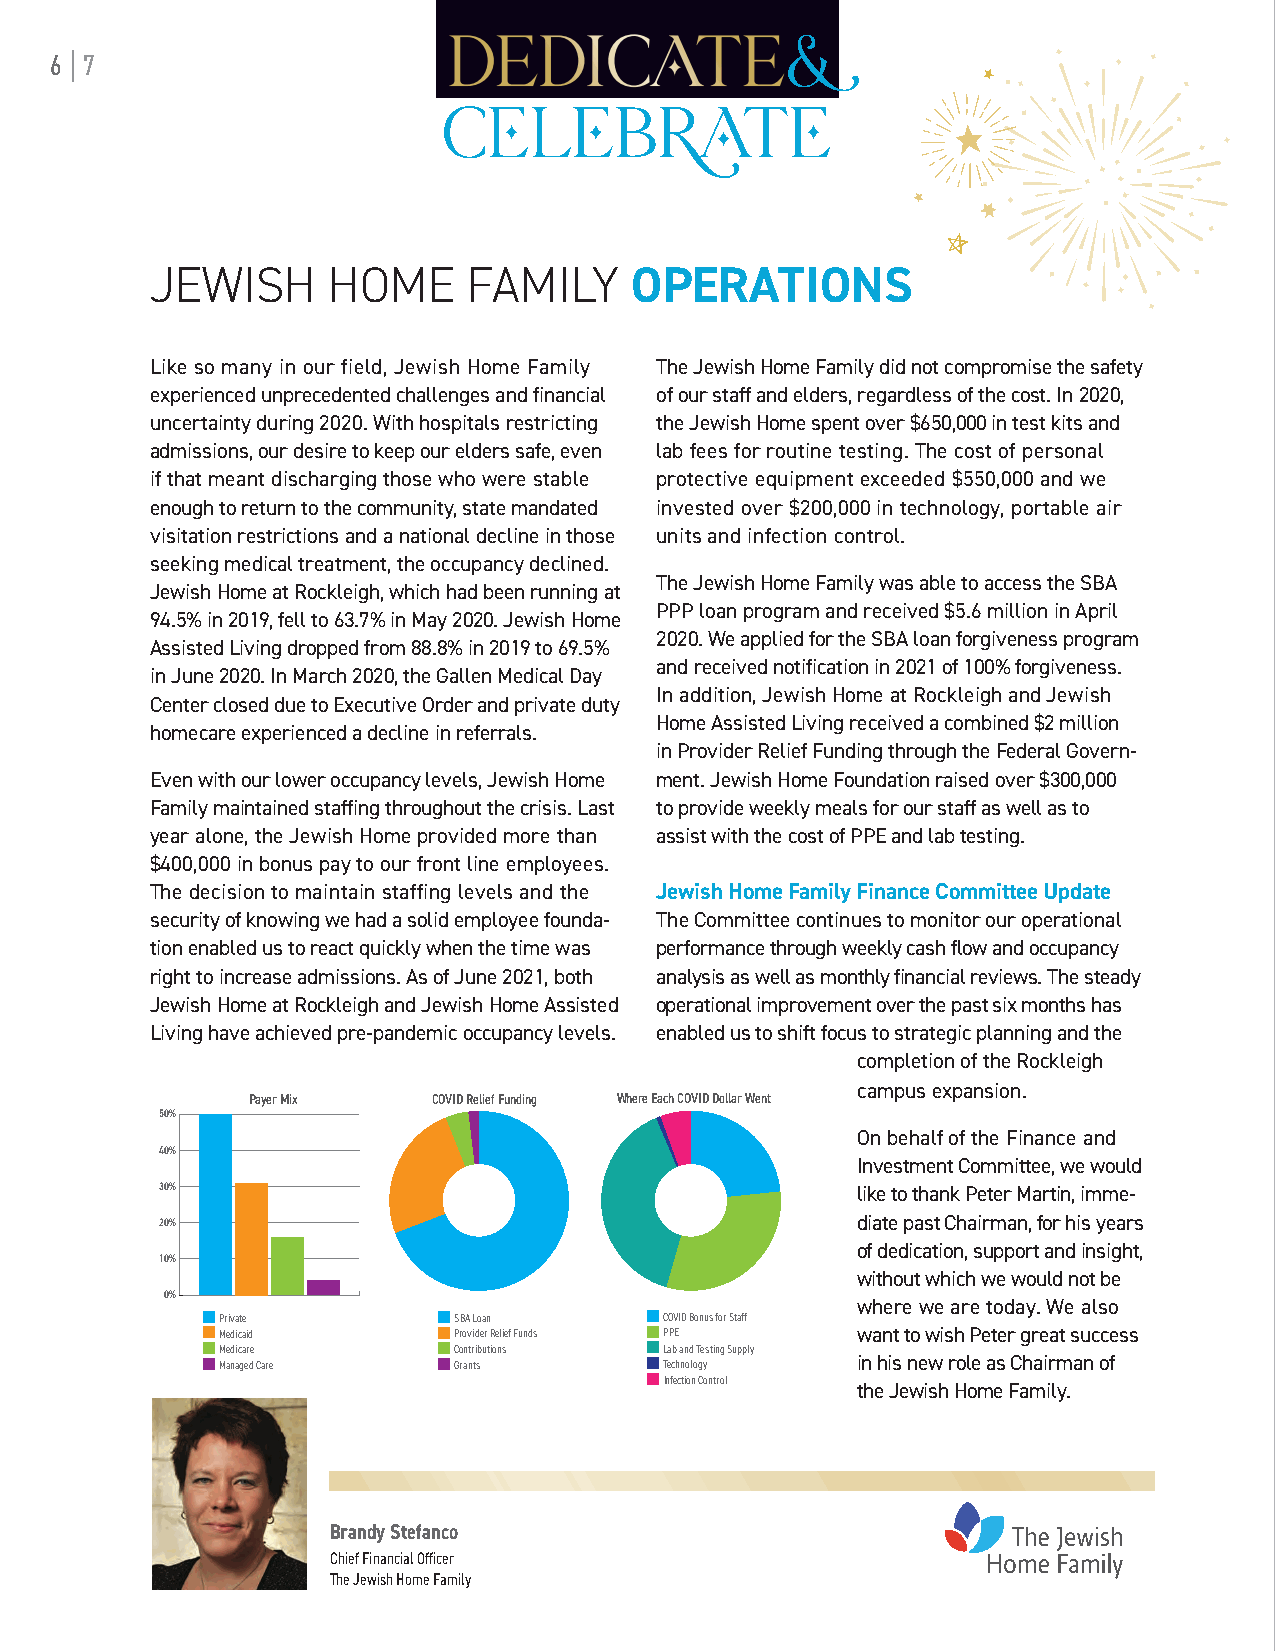
6 I 7
 JEWISH      HOME     FAMILY     OPERATIONS
 Like so many in our field, Jewish Home Family The Jewish Home Family did not compromise the safety
 experienced unprecedented challenges and financial of our staff and elders, regardless of the cost. In 2020,
 uncertainty during 2020. With hospitals restricting the Jewish Home spent over $650,000 in test kits and
 admissions, our desire to keep our elders safe, even lab fees for routine testing. The cost of personal
 if that meant discharging those who were stable protective equipment exceeded $550,000 and we
 enough to return to the community, state mandated invested over $200,000 in technology, portable air
 visitation restrictions and a national decline in those units and infection control.
 seeking medical treatment, the occupancy declined.
 The Jewish Home Family was able to access the SBA
 Jewish Home at Rockleigh, which had been running at
 PPP loan program and received $5.6 million in April
 94.5% in 2019, fell to 63.7% in May 2020. Jewish Home
 2020. We applied for the SBA loan forgiveness program
 Assisted Living dropped from 88.8% in 2019 to 69.5%
 and received notification in 2021 of 100% forgiveness.
 in June 2020. In March 2020, the Gallen Medical Day
 In addition, Jewish Home at Rockleigh and Jewish
 Center closed due to Executive Order and private duty
 Home Assisted Living received a combined $2 million
 homecare experienced a decline in referrals.
 in Provider Relief Funding through the Federal Govern-
 Even with our lower occupancy levels, Jewish Home ment. Jewish Home Foundation raised over $300,000
 Family maintained staffing throughout the crisis. Last to provide weekly meals for our staff as well as to
 year alone, the Jewish Home provided more than assist with the cost of PPE and lab testing.
 $400,000 in bonus pay to our front line employees.
 The decision to maintain staffing levels and the Jewish Home Family Finance Committee Update
 security of knowing we had a solid employee founda- The Committee continues to monitor our operational
 tion enabled us to react quickly when the time was performance through weekly cash flow and occupancy
 right to increase admissions. As of June 2021, both analysis as well as monthly financial reviews. The steady
 Jewish Home at Rockleigh and Jewish Home Assisted operational improvement over the past six months has
 Living have achieved pre-pandemic occupancy levels. enabled us to shift focus to strategic planning and the
 completion of the Rockleigh
 campus expansion.
 Payer Mix    COVID Relief Funding Where Each COVID Dollar Went
 50%
 On behalf of the Finance and
 40%
 Investment Committee, we would
 30%                                           like to thank Peter Martin, imme-
 20%                                           diate past Chairman, for his years
 of dedication, support and insight,
 10%
 without which we would not be
 0%
 where we are today. We also
 Private        SBA Loan      COVID Bonus for Staff
 Medicaid       Provider Relief Funds PPE  want to wish Peter great success
 Medicare       Contributions Lab and Testing Supply
 Managed Care    Grants        Technology   in his new role as Chairman of
 Infection Control
 the Jewish Home Family.
 Brandy Stefanco
 Chief Financial Officer
 The Jewish Home Family